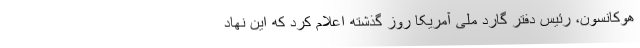
هوکانسون، رئیس دفتر گارد ملی آمریکا روز گذشته اعلام کرد که این نهاد